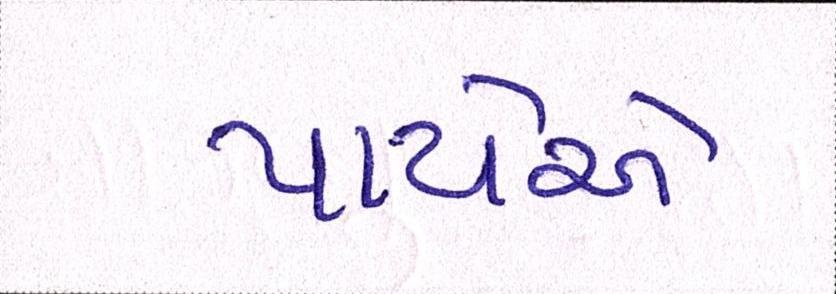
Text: પાયેએ